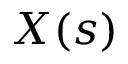
X ( s )